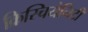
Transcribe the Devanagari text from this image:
क्रिस्चियेनिटी